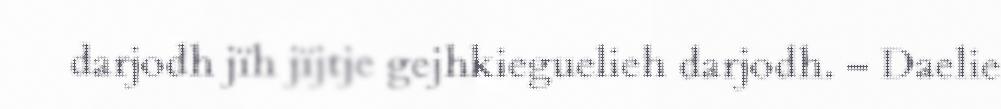
darjodh jïh jïjtje gejhkieguelieh darjodh. – Daelie